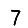
Digit: 7